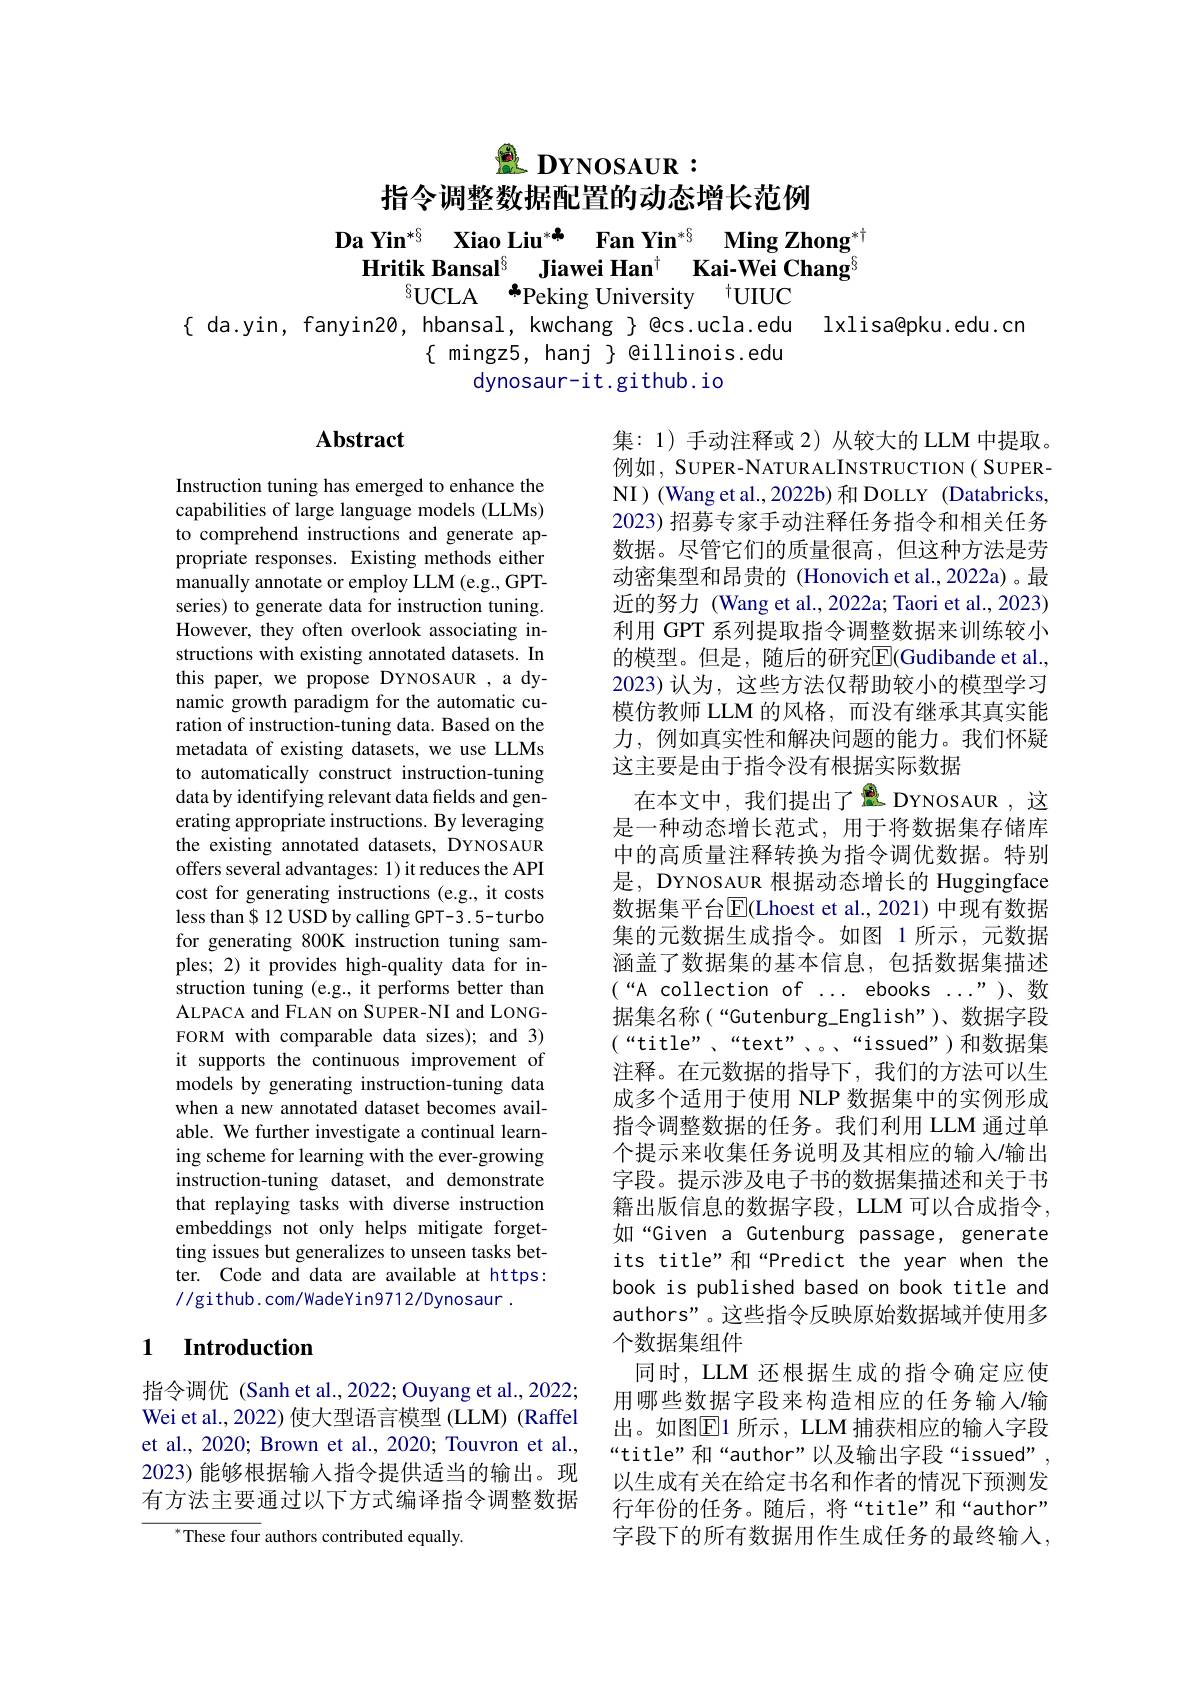
$\underline{\therefore}$ DYNOSAUR:
指令调整数据配置的动态增长范例

$\textbf{Da Yin}^{* § }$ $\textbf{Xiao Liu}^{* \clubsuit }$ $\textbf{Fan Yin}^{* § }$ $\textbf{Ming Zhong}^{* \dagger }$
Hritik Bansal$^{\S}$ Jiawei Han$^{\dagger}$ Kai-Wei Chang$^{8}$
$^{6}$UCLA $^{*}$Peking University $^{\dagger}$UUC

{ da.yin, fanyin20, hbansal, kwchang } @cs.ucla.edu lxlisa@pku.edu.cr
$\{$ mingz5, hanj $\}$ @illinois.edu
dynosaur-it.github.io

# Abstract

Instruction tuning has emerged to enhance the capabilities of large language models (LLMs) to comprehend instructions and generate appropriate responses. Existing methods either manually annotate or employ LLM (e.g., GPTseries) to generate data for instruction tuning. However, they often overlook associating instructions with existing annotated datasets. In this paper, we propose DYNOSAUR , a dynamic growth paradigm for the automatic curation of instruction-tuning data. Based on the metadata of existing datasets, we use LLMs to automatically construct instruction-tuning data by identifying relevant data fields and generating appropriate instructions. By leveraging the existing annotated datasets, DYNOSAUR offers several advantages: 1) it reduces the API cost for generating instructions (e.g., it costs less than $ 12 USD by calling GPT-3 .5-turbo for generating 800K instruction tuning samples; 2) it provides high-quality data for instruction tuning (e.g., it performs better than ALPACA and FLAN on SUPER-NI and LONGFORM with comparable data sizes); and 3) it supports the continuous improvement of models by generating instruction-tuning data when a new annotated dataset becomes available. We further investigate a continual learning scheme for learning with the ever-growing instruction-tuning dataset, and demonstrate that replaying tasks with diverse instruction embeddings not only helps mitigate forgetting issues but generalizes to unseen tasks better. Code and data are available at https: //github. com/WadeYin9712/Dynosaur.

集：1)手动注释或 2)从较大的 LLM 中提取。例如，SUPER-NATURALINSTRUCTION( SUPERNI)(Wang et al.,2022b)和 DOLLY (Databricks, 2023) 招募专家手动注释任务指令和相关任务数据。尽管它们的质量很高，但这种方法是劳动密集型和昂贵的 (Honovich et al.,2022a)。最近的努力(Wang et al., 2022a; Taori et al., 2023) 利用 GPT 系列提取指令调整数据来训练较小的模型。但是，随后的研究$\overline{\mathbb{E}}($Gudibande et al., 2023)认为，这些方法仅帮助较小的模型学习模仿教师 LLM 的风格，而没有继承其真实能力，例如真实性和解决问题的能力。我们怀疑这主要是由于指令没有根据实际数据
在本文中，我们提出了显 DYNOSAUR,这是一种动态增长范式，用于将数据集存储库中的高质量注释转换为指令调优数据。特别是，DYNOSAUR 根据动态增长的 Huggingface 数据集平台$\overline{\mathrm{E}}($Lhoest et al.,2021)中现有数据集的元数据生成指令。如图 1 所示，元数据涵盖了数据集的基本信息，包括数据集描述$(“$A collection of ... ebooks ...”)、数据集名称(“Gutenburg$\_English”)、数据字段$ $(“$title”、“text”、。“issued”)和数据集注释。在元数据的指导下，我们的方法可以生成多个适用于使用 NLP 数据集中的实例形成指令调整数据的任务。我们利用 LLM 通过单个提示来收集任务说明及其相应的输入/输出字段。提示涉及电子书的数据集描述和关于书籍出版信息的数据字段，LLM 可以合成指令， 如“Given a Gutenburg passage, generate its title" 和“Predict the year when the book is published based on book title and authors"。这些指令反映原始数据域并使用多个数据集组件
同时，LLM 还根据生成的指令确定应使用哪些数据字段来构造相应的任务输入/输出。如图$\overline{\mathrm{E}}$1 所示，LLM 捕获相应的输入字段“title”和“author”以及输出字段“issued", 以生成有关在给定书名和作者的情况下预测发行年份的任务。随后，将“title”和“author” 字段下的所有数据用作生成任务的最终输入，

## 1 Introduction

指令调优 (Sanh et al.,2022; Ouyang et al., 2022; Wei et al., 2022) 使大型语言模型 (LLM) (Raffel et al., 2020; Brown et al., 2020; Touvron et al., 2023)能够根据输入指令提供适当的输出。现有方法主要通过以下方式编译指令调整数据

${^{*}\text{These four}}$ authors contributed equally